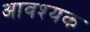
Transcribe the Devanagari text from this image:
अावश्यक